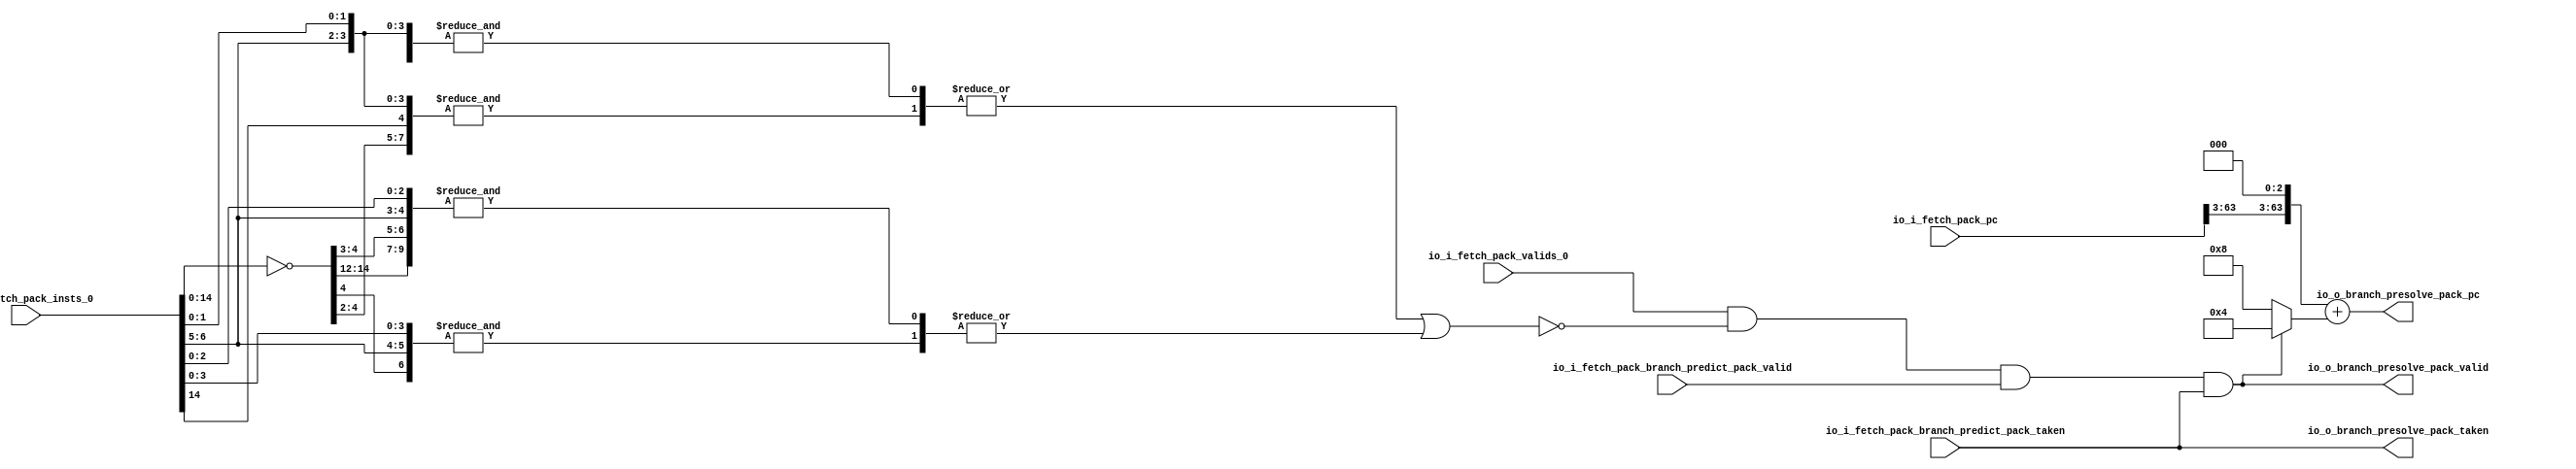
module Branch_Presolve(
  input         io_i_fetch_pack_valids_0,
  input  [63:0] io_i_fetch_pack_pc,
  input  [31:0] io_i_fetch_pack_insts_0,
  input         io_i_fetch_pack_branch_predict_pack_valid,
  input         io_i_fetch_pack_branch_predict_pack_taken,
  output        io_o_branch_presolve_pack_valid,
  output        io_o_branch_presolve_pack_taken,
  output [63:0] io_o_branch_presolve_pack_pc
);
  wire [31:0] branch_decoder0_invInputs = ~io_i_fetch_pack_insts_0; // @[pla.scala 78:21]
  wire  branch_decoder0_andMatrixInput_0 = io_i_fetch_pack_insts_0[0]; // @[pla.scala 90:45]
  wire  branch_decoder0_andMatrixInput_1 = io_i_fetch_pack_insts_0[1]; // @[pla.scala 90:45]
  wire  branch_decoder0_andMatrixInput_2 = branch_decoder0_invInputs[2]; // @[pla.scala 91:29]
  wire  branch_decoder0_andMatrixInput_3 = branch_decoder0_invInputs[3]; // @[pla.scala 91:29]
  wire  branch_decoder0_andMatrixInput_4 = branch_decoder0_invInputs[4]; // @[pla.scala 91:29]
  wire  branch_decoder0_andMatrixInput_5 = io_i_fetch_pack_insts_0[5]; // @[pla.scala 90:45]
  wire  branch_decoder0_andMatrixInput_6 = io_i_fetch_pack_insts_0[6]; // @[pla.scala 90:45]
  wire  branch_decoder0_andMatrixInput_7 = branch_decoder0_invInputs[13]; // @[pla.scala 91:29]
  wire [7:0] _branch_decoder0_T = {branch_decoder0_andMatrixInput_0,branch_decoder0_andMatrixInput_1,
    branch_decoder0_andMatrixInput_2,branch_decoder0_andMatrixInput_3,branch_decoder0_andMatrixInput_4,
    branch_decoder0_andMatrixInput_5,branch_decoder0_andMatrixInput_6,branch_decoder0_andMatrixInput_7}; // @[Cat.scala 33:92]
  wire  _branch_decoder0_T_1 = &_branch_decoder0_T; // @[pla.scala 98:74]
  wire  branch_decoder0_andMatrixInput_2_1 = io_i_fetch_pack_insts_0[2]; // @[pla.scala 90:45]
  wire  branch_decoder0_andMatrixInput_7_1 = branch_decoder0_invInputs[12]; // @[pla.scala 91:29]
  wire  branch_decoder0_andMatrixInput_9 = branch_decoder0_invInputs[14]; // @[pla.scala 91:29]
  wire [9:0] _branch_decoder0_T_2 = {branch_decoder0_andMatrixInput_0,branch_decoder0_andMatrixInput_1,
    branch_decoder0_andMatrixInput_2_1,branch_decoder0_andMatrixInput_3,branch_decoder0_andMatrixInput_4,
    branch_decoder0_andMatrixInput_5,branch_decoder0_andMatrixInput_6,branch_decoder0_andMatrixInput_7_1,
    branch_decoder0_andMatrixInput_7,branch_decoder0_andMatrixInput_9}; // @[Cat.scala 33:92]
  wire  _branch_decoder0_T_3 = &_branch_decoder0_T_2; // @[pla.scala 98:74]
  wire  branch_decoder0_andMatrixInput_3_2 = io_i_fetch_pack_insts_0[3]; // @[pla.scala 90:45]
  wire [6:0] _branch_decoder0_T_4 = {branch_decoder0_andMatrixInput_0,branch_decoder0_andMatrixInput_1,
    branch_decoder0_andMatrixInput_2_1,branch_decoder0_andMatrixInput_3_2,branch_decoder0_andMatrixInput_4,
    branch_decoder0_andMatrixInput_5,branch_decoder0_andMatrixInput_6}; // @[Cat.scala 33:92]
  wire  _branch_decoder0_T_5 = &_branch_decoder0_T_4; // @[pla.scala 98:74]
  wire  branch_decoder0_andMatrixInput_7_2 = io_i_fetch_pack_insts_0[14]; // @[pla.scala 90:45]
  wire [7:0] _branch_decoder0_T_6 = {branch_decoder0_andMatrixInput_0,branch_decoder0_andMatrixInput_1,
    branch_decoder0_andMatrixInput_2,branch_decoder0_andMatrixInput_3,branch_decoder0_andMatrixInput_4,
    branch_decoder0_andMatrixInput_5,branch_decoder0_andMatrixInput_6,branch_decoder0_andMatrixInput_7_2}; // @[Cat.scala 33:92]
  wire  _branch_decoder0_T_7 = &_branch_decoder0_T_6; // @[pla.scala 98:74]
  wire [1:0] _branch_decoder0_orMatrixOutputs_T = {_branch_decoder0_T_1,_branch_decoder0_T_7}; // @[Cat.scala 33:92]
  wire  _branch_decoder0_orMatrixOutputs_T_1 = |_branch_decoder0_orMatrixOutputs_T; // @[pla.scala 114:39]
  wire [1:0] _branch_decoder0_orMatrixOutputs_T_2 = {_branch_decoder0_T_3,_branch_decoder0_T_5}; // @[Cat.scala 33:92]
  wire  _branch_decoder0_orMatrixOutputs_T_3 = |_branch_decoder0_orMatrixOutputs_T_2; // @[pla.scala 114:39]
  wire [3:0] branch_decoder0_orMatrixOutputs = {_branch_decoder0_orMatrixOutputs_T_3,
    _branch_decoder0_orMatrixOutputs_T_1,2'h0}; // @[Cat.scala 33:92]
  wire [3:0] branch_decoder0_invMatrixOutputs = {branch_decoder0_orMatrixOutputs[3],branch_decoder0_orMatrixOutputs[2],
    branch_decoder0_orMatrixOutputs[1],branch_decoder0_orMatrixOutputs[0]}; // @[Cat.scala 33:92]
  wire  br0 = branch_decoder0_invMatrixOutputs[0] | branch_decoder0_invMatrixOutputs[1] |
    branch_decoder0_invMatrixOutputs[2] | branch_decoder0_invMatrixOutputs[3]; // @[branch_presolve.scala 45:78]
  wire  _io_o_branch_presolve_pack_valid_T_3 = io_i_fetch_pack_valids_0 & ~br0 &
    io_i_fetch_pack_branch_predict_pack_valid & io_i_fetch_pack_branch_predict_pack_taken; // @[branch_presolve.scala 51:120]
  wire [63:0] _io_o_branch_presolve_pack_pc_T_1 = {io_i_fetch_pack_pc[63:3],3'h0}; // @[Cat.scala 33:92]
  wire [3:0] _io_o_branch_presolve_pack_pc_T_8 = _io_o_branch_presolve_pack_valid_T_3 ? 4'h4 : 4'h8; // @[branch_presolve.scala 55:81]
  wire [63:0] _GEN_0 = {{60'd0}, _io_o_branch_presolve_pack_pc_T_8}; // @[branch_presolve.scala 55:76]
  assign io_o_branch_presolve_pack_valid = io_i_fetch_pack_valids_0 & ~br0 & io_i_fetch_pack_branch_predict_pack_valid
     & io_i_fetch_pack_branch_predict_pack_taken; // @[branch_presolve.scala 51:120]
  assign io_o_branch_presolve_pack_taken = io_i_fetch_pack_branch_predict_pack_taken; // @[branch_presolve.scala 57:37]
  assign io_o_branch_presolve_pack_pc = _io_o_branch_presolve_pack_pc_T_1 + _GEN_0; // @[branch_presolve.scala 55:76]
endmodule